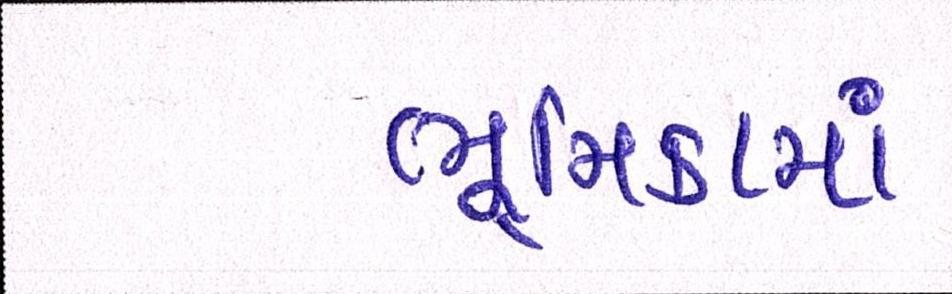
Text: ભૂમિકામાં